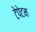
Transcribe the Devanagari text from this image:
टेपेटम